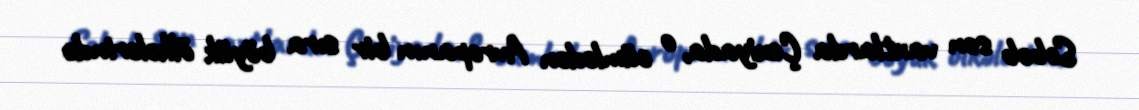
Səbəb son vaxtlarda Çexiyada, o cümlədən Avropanın bir sıra böyük ölkələrində